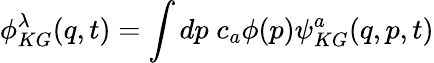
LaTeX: \phi_{KG}^{\lambda}(q,t)=\int dp\; c_{a}\phi(p)\psi_{KG}^{a}(q,p,t)